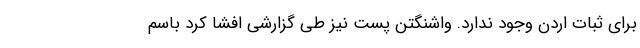
برای ثبات اردن وجود ندارد. واشنگتن پست نیز طی گزارشی افشا کرد باسم